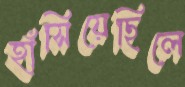
হাঁসিয়েছিলে